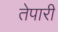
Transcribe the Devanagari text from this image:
तेपारी